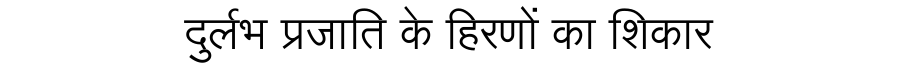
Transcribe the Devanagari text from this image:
दुर्लभ प्रजाति के हिरणों का शिकार